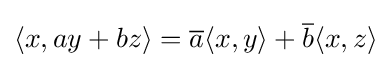
\langle x,ay+bz\rangle ={\overline {a}}\langle x,y\rangle +{\overline {b}}\langle x,z\rangle